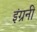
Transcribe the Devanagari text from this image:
इंग्रनी